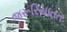
જરૂરિયાતત